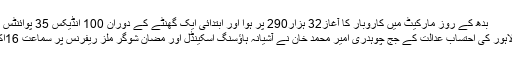
بدھ کے روز مارکیٹ میں کاروبار کا آغاز32 ہزار290 پر ہوا اور ابتدائی ایک گھنٹے کے دوران 100 انڈیکس 35 پوائنٹس کے اضافے مزید پڑھیں
اسلام آباد (صباح نیوز) لاہور کی احتساب عدالت کے جج چوہدری امیر محمد خان نے آشیانہ ہاﺅسنگ اسکینڈل اور مضان شوگر ملز ریفرنس پر سماعت 16اکتوبر تک ملتوی کر دی۔